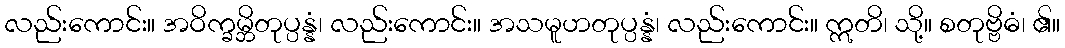
လည်းကောင်း။ အဝိက္ခမ္ဘိတုပ္ပန္နံ၊ လည်းကောင်း။ အသမူဟတုပ္ပန္နံ၊ လည်းကောင်း။ ဣတိ၊ သို့။ စတုဗ္ဗိဓံ၊ ၏။